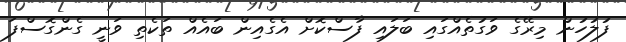
ފުލުހުން މިރޭގެ ވަގުތެއްގައި ބަލައި ފާސްކޮށް އެގެއިން ބައެއް ތަކެތި ވަނީ ގެންގޮސްފަ